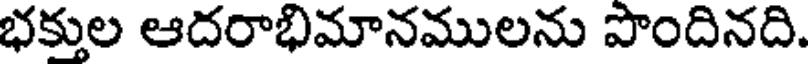
భక్తుల ఆదరాభిమానములను పొందినది.